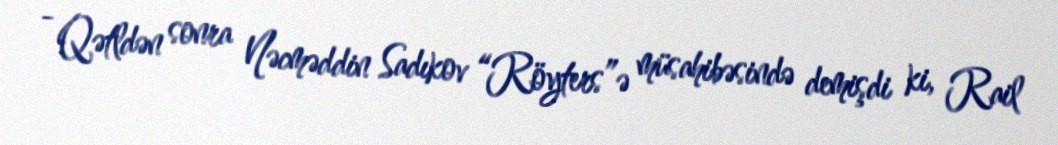
- Qətldən sonra Nəcməddin Sadıkov “Röyters”ə müsahibəsində demişdi ki, Rail